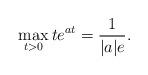
LaTeX: \begin{align*}\max_{t>0}t e^{at}=\frac{1}{|a| e}.\end{align*}